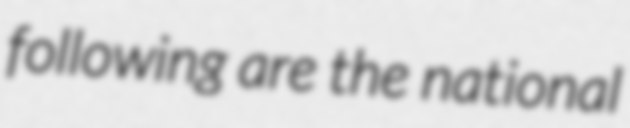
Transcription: following are the national